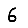
Digit: 6